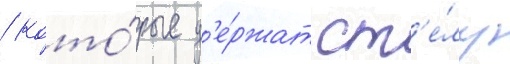
/ кото́рые д'е́ржат ст'е́лу